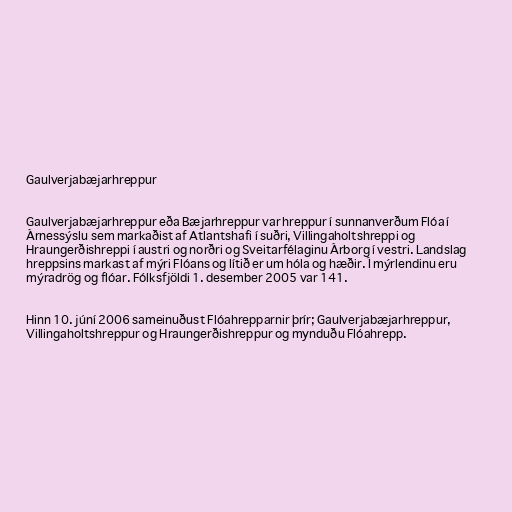
Gaulverjabæjarhreppur

Gaulverjabæjarhreppur eða Bæjarhreppur var hreppur í sunnanverðum Flóa í
Árnessýslu sem markaðist af Atlantshafi í suðri, Villingaholtshreppi og
Hraungerðishreppi í austri og norðri og Sveitarfélaginu Árborg í vestri. Landslag
hreppsins markast af mýri Flóans og lítið er um hóla og hæðir. Í mýrlendinu eru
mýradrög og flóar. Fólksfjöldi 1. desember 2005 var 141.

Hinn 10. júní 2006 sameinuðust Flóahrepparnir þrír; Gaulverjabæjarhreppur,
Villingaholtshreppur og Hraungerðishreppur og mynduðu Flóahrepp.